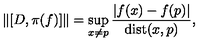
\| [ D , \pi ( f ) ] \| = \sup _ { x \neq p } \frac { | f ( x ) - f ( p ) | } { \mathrm { d i s t } ( x , p ) } ,